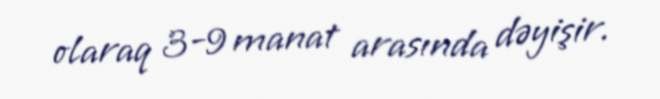
olaraq 3-9 manat arasında dəyişir.